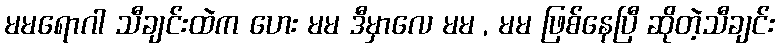
မမရောဂါ သီချင်းထဲက ဟေး မမ ဒီမှာလေ မမ , မမ ဖြစ်နေပြီ ဆိုတဲ့သီချင်း